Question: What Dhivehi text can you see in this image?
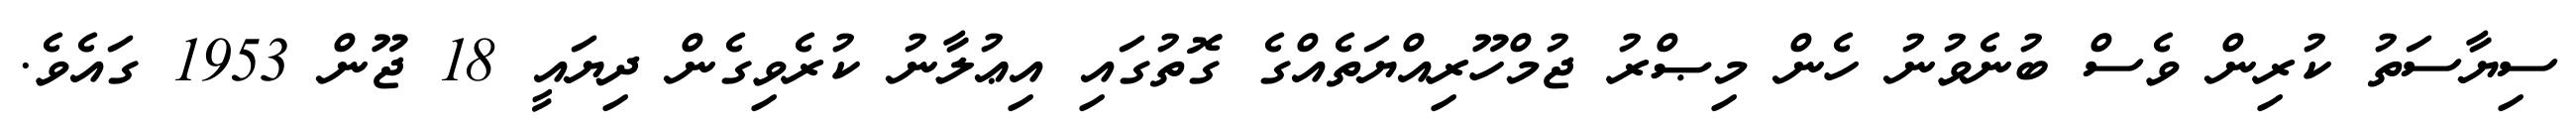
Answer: ސިޔާސަތު ކުރިން ވެސް ބުނެވުނު ހެން މިޞްރު ޖުމްހޫރިއްޔަތެއްގެ ގޮތުގައި އިޢުލާނު ކުރެވިގެން ދިޔައީ 18 ޖޫން 1953 ގައެވެ.